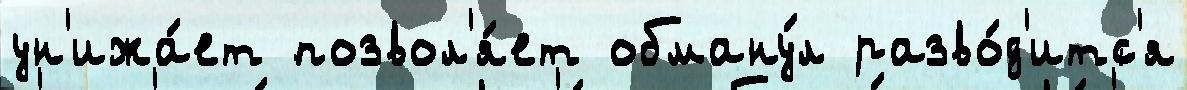
ун'ижа́ет позвол'я́ет обману́л разво́д'итс'я